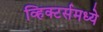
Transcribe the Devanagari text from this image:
व्हिक्टर्समध्ये